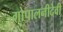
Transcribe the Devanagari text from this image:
गोपालनीदेवी